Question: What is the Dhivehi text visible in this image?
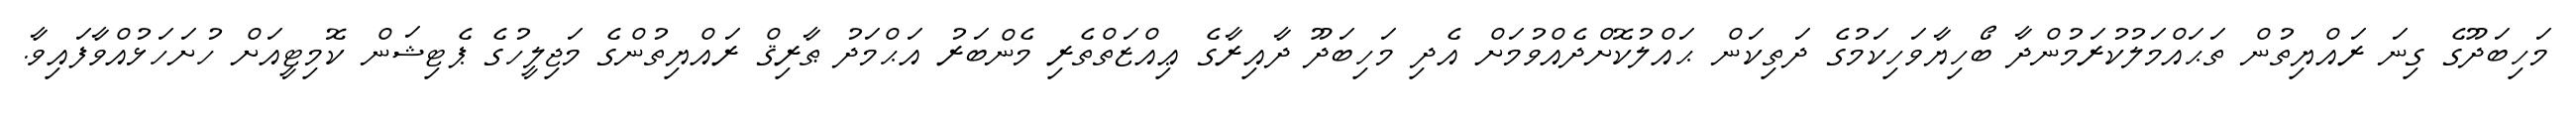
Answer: މަހިބަދޫގެ ގިނަ ރައްޔިތުން ތަޙައްމަލުކުރަމުންދާ ބޯހިޔާވަހިކަމުގެ ދަތިކަން ޙައްލުކޮށްދެއްވުމަށް އެދި މަހިބަދޫ ދާއިރާގެ ޢިއްޒަތްތެރި މެންބަރު އަޙްމަދު ޠާރިޤް ރައްޔިތުންގެ މަޖިލީހުގެ ޕެޓިޝަން ކޮމިޓީއަށް ހުށަހަޅުއްވާފައިވާ.